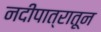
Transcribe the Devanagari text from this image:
नदीपात्रातून